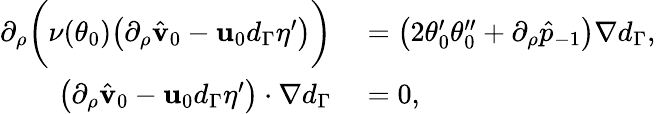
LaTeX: \begin{array}{rl}{\partial_{\rho}\bigg(\nu(\theta_{0})\big(\partial_{\rho}\hat{\mathbf{v}}_{0}-\mathbf{u}_{0}d_{\Gamma}\eta^{\prime}\big)\bigg)}&{{}=\big(2\theta_{0}^{\prime}\theta_{0}^{\prime\prime}+\partial_{\rho}\hat{p}_{-1}\big)\nabla d_{\Gamma},}\\ {\big(\partial_{\rho}\hat{\mathbf{v}}_{0}-\mathbf{u}_{0}d_{\Gamma}\eta^{\prime}\big)\cdot\nabla d_{\Gamma}}&{{}=0,}\end{array}